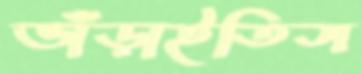
ভাঁড়াইতিস